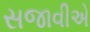
સજાવીએ